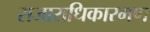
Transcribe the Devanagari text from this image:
राजाराधिकारमण